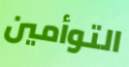
التوأمين